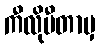
ကီလိုမီတာမှ